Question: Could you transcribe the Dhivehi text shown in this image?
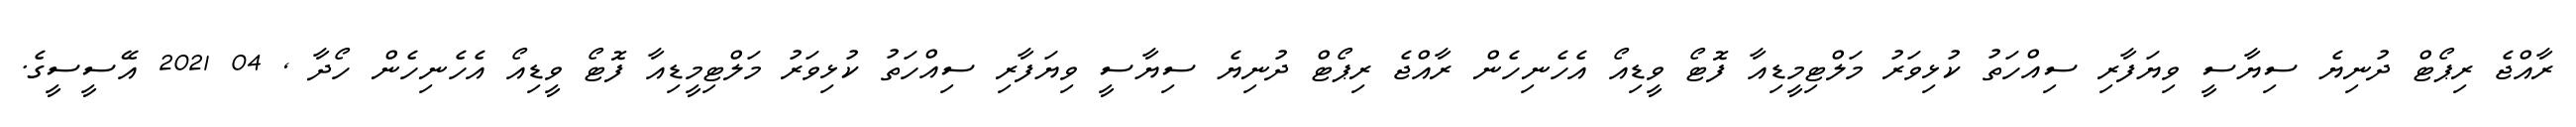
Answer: ރާއްޖެ ރިޕޯޓް ދުނިޔެ ސިޔާސީ ވިޔަފާރި ސިއްހަތު ކުޅިވަރު މަލްޓިމީޑިއާ ފޮޓޯ ވީޑިއޯ އެހެނިހެން ރާއްޖެ ރިޕޯޓް ދުނިޔެ ސިޔާސީ ވިޔަފާރި ސިއްހަތު ކުޅިވަރު މަލްޓިމީޑިއާ ފޮޓޯ ވީޑިއޯ އެހެނިހެން ހޯދާ , 04 2021 އޭސީސީގެ.